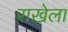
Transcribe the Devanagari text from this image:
राखेला